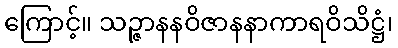
ကြောင့်။ သဉ္ဇာနနဝိဇာနနာကာရဝိသိဋ္ဌံ၊